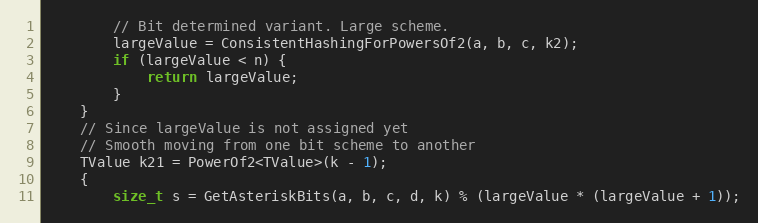
Language: C++
        // Bit determined variant. Large scheme.
        largeValue = ConsistentHashingForPowersOf2(a, b, c, k2);
        if (largeValue < n) {
            return largeValue;
        }
    }
    // Since largeValue is not assigned yet
    // Smooth moving from one bit scheme to another
    TValue k21 = PowerOf2<TValue>(k - 1);
    {
        size_t s = GetAsteriskBits(a, b, c, d, k) % (largeValue * (largeValue + 1));